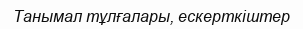
Танымал тұлғалары, ескерткіштер